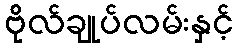
ဗိုလ်ချုပ်လမ်းနှင့်